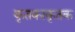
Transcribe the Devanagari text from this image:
कृतकाकृतक